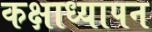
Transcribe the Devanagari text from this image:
कक्षाध्यापन